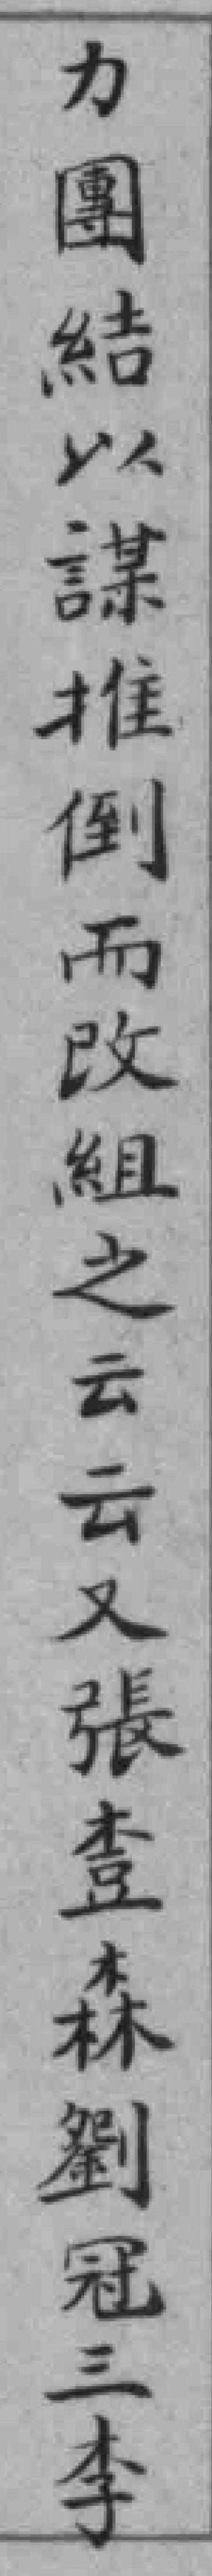
力團結以謀推倒而改組之云云又張*森劉冠三李